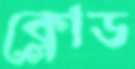
ক্লোড